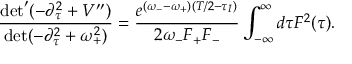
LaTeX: \frac { \operatorname * { d e t } ^ { \prime } ( - \partial _ { \tau } ^ { 2 } + V ^ { \prime \prime } ) } { \operatorname * { d e t } ( - \partial _ { \tau } ^ { 2 } + \omega _ { + } ^ { 2 } ) } = \frac { e ^ { ( \omega _ { - } - \omega _ { + } ) ( T / 2 - \tau _ { I } ) } } { 2 \omega _ { - } F _ { + } F _ { - } } \int _ { - \infty } ^ { \infty } d \tau F ^ { 2 } ( \tau ) .